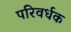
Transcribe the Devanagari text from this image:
परिवर्धक